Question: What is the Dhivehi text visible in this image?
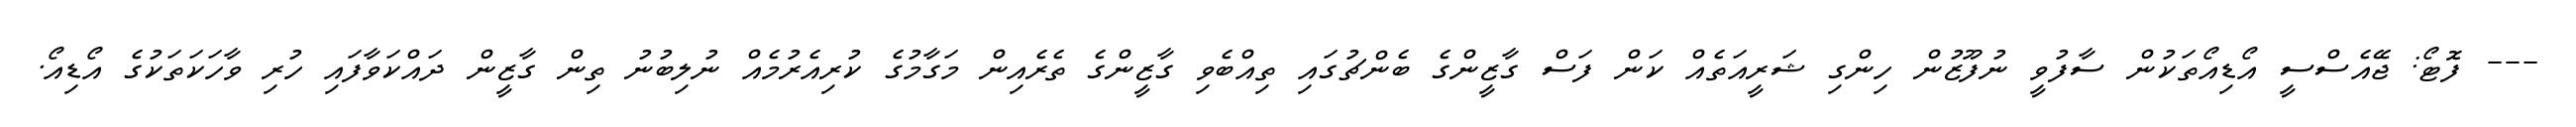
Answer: --- ފޮޓޯ: ޖޭއެސްސީ އޯޑިއޯތަކުން ސާފުވީ ނުފޫޒުން ހިންގި ޝަރީއަތެއް ކަން ފަސް ގާޒީންގެ ބެންޗުގައި ތިއްބެވި ގާޒީންގެ ތެރެއިން މަގާމުގެ ކުރިއެރުމެއް ނުލިބުނު ތިން ގާޒީން ދައްކަވާފައި ހުރި ވާހަކަތަކުގެ އޯޑިއޯ.